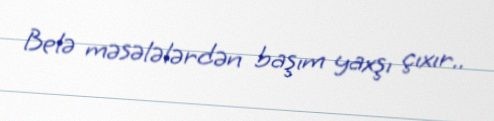
Belə məsələlərdən başım yaxşı çıxır..